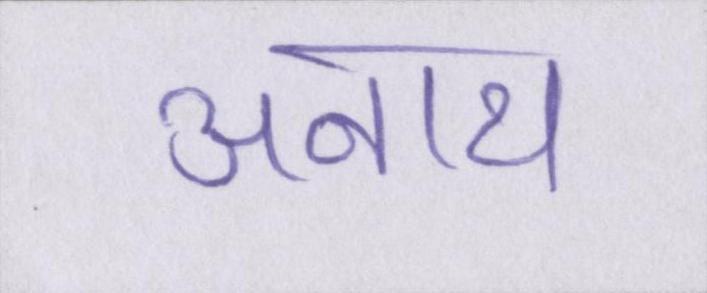
अनाथ